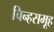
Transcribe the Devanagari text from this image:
चिन्हसमूह